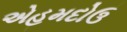
એહમદોઉ